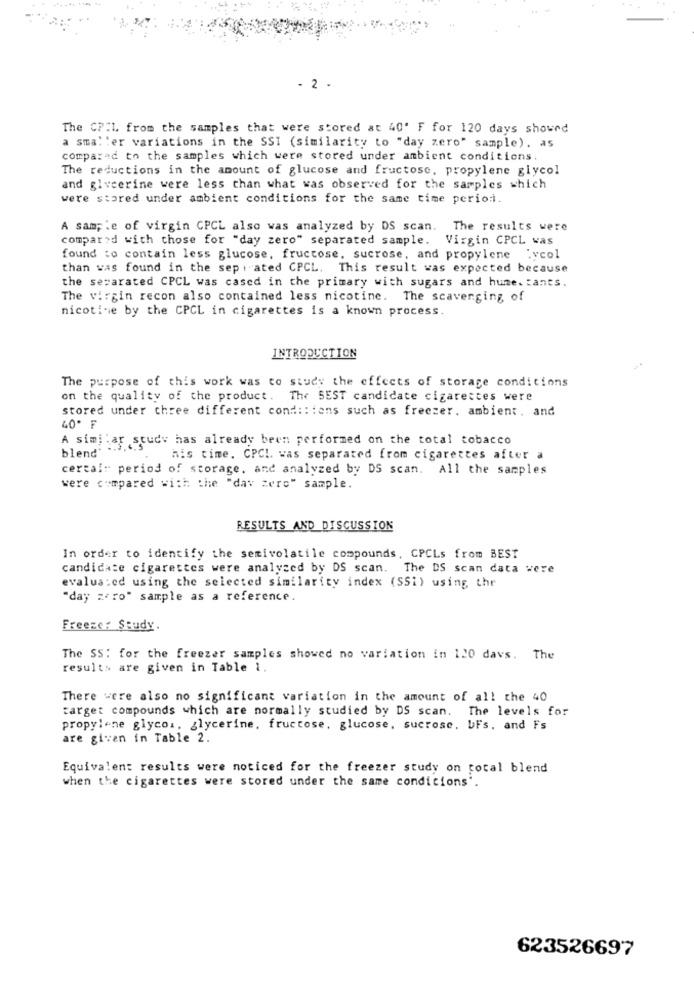
- 2 .
The CP:L. from the samples that were stored at 40' F for 120 days showed
a sma: 'er variations in the SSI (similarity to "day zero" sample). as
compared to the samples which were stored under ambient conditions.
The reductions in the amount of glucose and fructose, propylene glycol
and glycerine were less than what was observed for the samples which
were stored under ambient conditions for the same time period.
A sample of virgin CPCL also was analyzed by DS scan. The results were
compared with those for "day zero" separated sample. Virgin CPCL was
found to contain less glucose, fructose, sucrose, and propylene "ycol
than was found in the sep : ated CPCL. This result was expected because
the separated CPCL was cased in the primary with sugars and hume. tants.
The virgin recon also contained less nicotine. The scavenging of
nicotine by the CPCL in cigarettes is a known process.
INTRODUCTION
The purpose of this work was to study the effects of storage conditions
on the quality of the product. The BEST candidate cigarettes were
stored under three different cond :: : ons such as freezer. ambient. and
40º F
A similar study has already been performed on the total tobacco
blend'
his time. CPCI was separated from cigarettes after a
cercal: period of storage, and analyzed by DS scan. All the samples
were compared with the "dav zero" sample.
RESULTS AND DISCUSSION
In order to identify the semivolatile compounds, CPCLs from BEST
candidate cigarettes were analyzed by DS scan. The DS scan data were
evalua:ed using the selected similarity index (SSi) using the
"day zero" sample as a reference.
Freeze: Study.
The SS: for the freezer samples showed no variation in 120 davs. The
results are given in Table 1.
There were also no significant variation in the amount of all the 40
target compounds which are normally studied by DS scan. The levels for
propylene glycol. glycerine, fructose, glucose, sucrose, bFs, and Fs
are given in Table 2.
Equivalent results were noticed for the freezer study on total blend
when the cigarettes were stored under the same conditions".
623526697